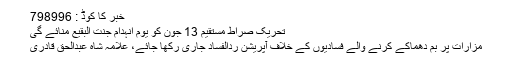
خبر کا کوڈ : 798996
تحریک صراط مستقیم 13 جون کو یوم انہدام جنت البقیع منائے گی
مزارات پر بم دھماکے کرنے والے فسادیوں کے خلاف آپریشن ردالفساد جاری رکھا جائے، علامہ شاہ عبدالحق قادری